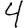
Digit: 4